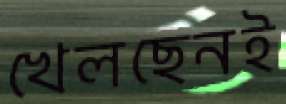
খেলছেনই